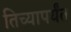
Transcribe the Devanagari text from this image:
तिच्यापर्यंत